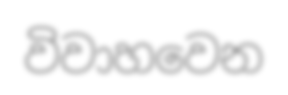
විවාහවෙන